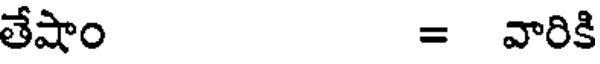
తేషాం = వారికి